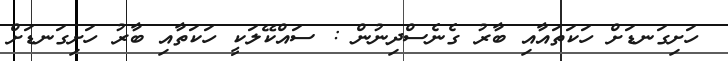
ހަށިގަނޑަށް ހަކަތައާއި ބާރު ގެނެސްދިނުން : ސައްކޭލަކީ ހަކަތާއި ބާރު ހަށިގަނޑަށް